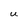
Character: U